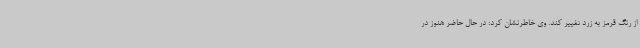
از رنگ قرمز به زرد تغییر کند. وی خاطرنشان کرد: در حال حاضر هنوز در